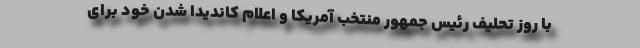
با روز تحلیف رئیس جمهور منتخب آمریکا و اعلام کاندیدا شدن خود برای